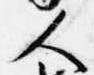
人